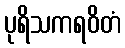
ပုရိသကရဝိတံ